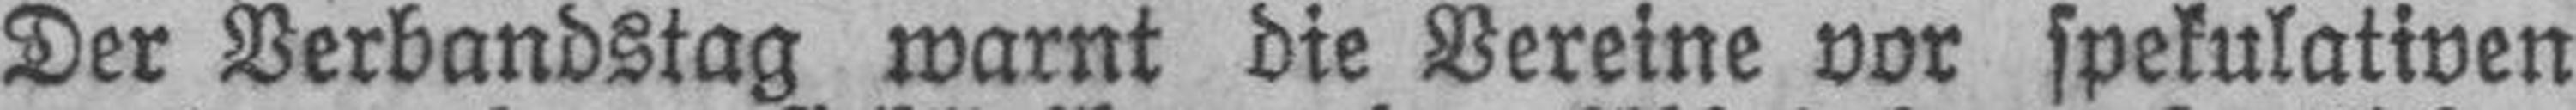
Der Verbandstag warnt die Vereine vor spekulativen